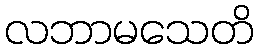
လဘာမသေတိ